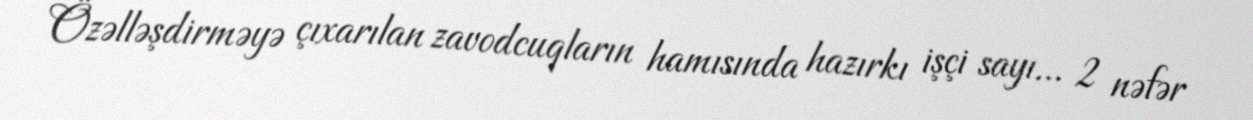
Özəlləşdirməyə çıxarılan zavodcuqların hamısında hazırkı işçi sayı... 2 nəfər